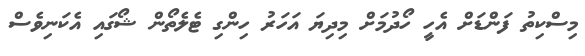
މިސްކިތު ފަންޑަށް އެހީ ހޯދުމަށް މިދިޔަ އަހަރު ހިންގި ޓެލެތޯން ޝޯގައި އެކަނިވެސް